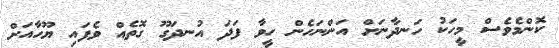
ކޮންމެވެސް މީހަކު ހަނދާނަށް އަންނަހެން ހީވާ ފަދަ އުނދަގޫ ގޮތެއް ވެފައި ޔޫހާއަށް